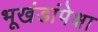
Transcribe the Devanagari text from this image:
भूखंडांपेक्षा